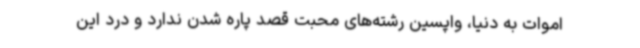
اموات به دنیا،‌ واپسین رشته‌های محبت قصد پاره شدن ندارد و درد این